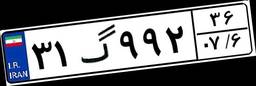
۲۸گ۱۰۱۸۰